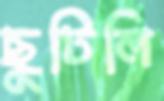
ছুটিলি